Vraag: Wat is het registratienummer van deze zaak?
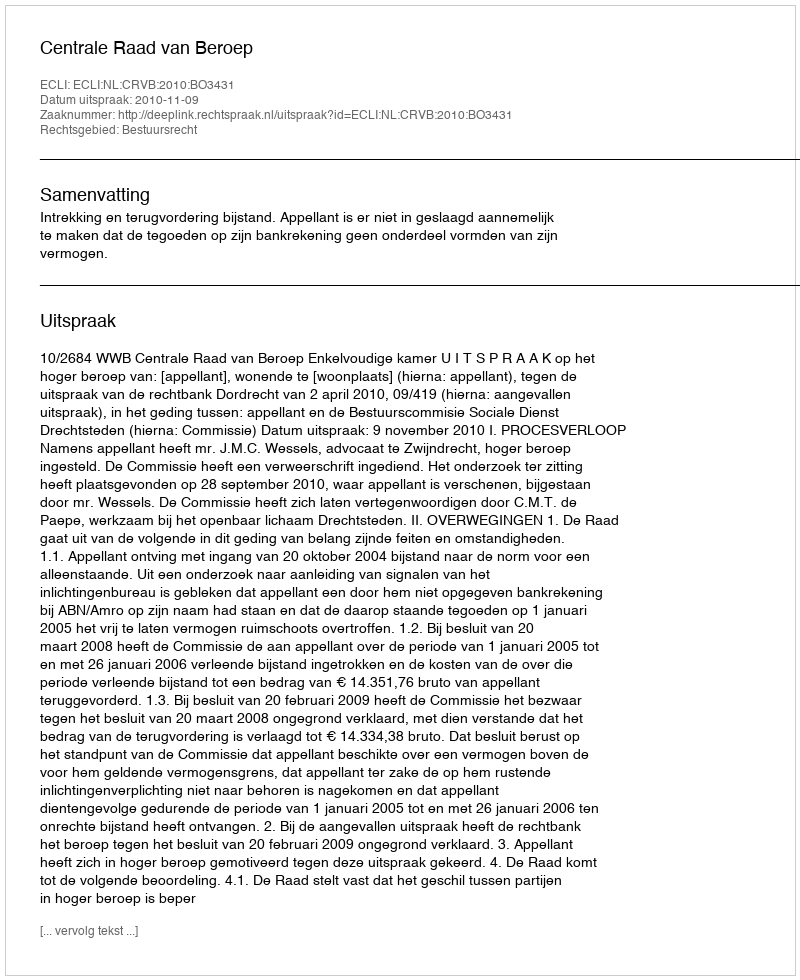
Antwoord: http://deeplink.rechtspraak.nl/uitspraak?id=ECLI:NL:CRVB:2010:BO3431